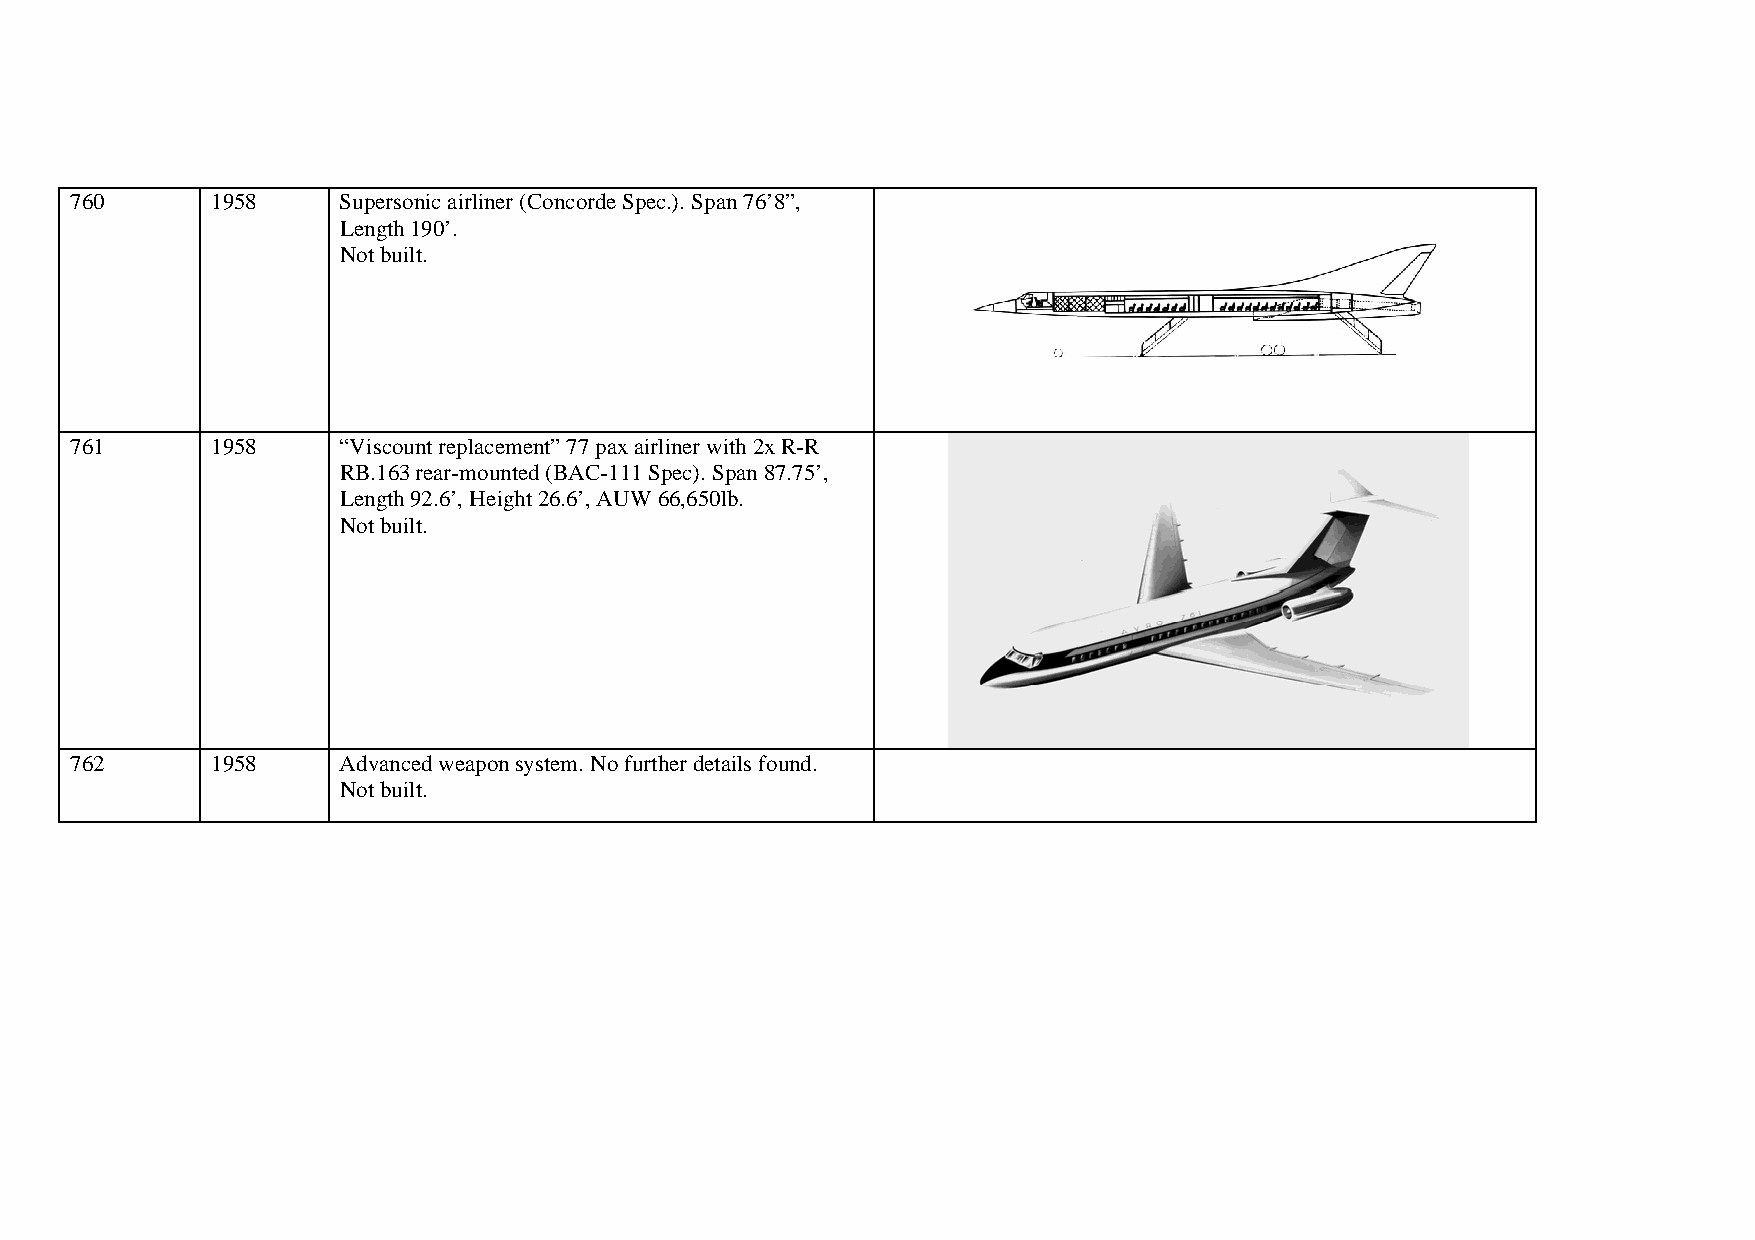
760      1958    Supersonic airliner (Concorde Spec.). Span 76’8”,
 Length 190’.
 Not built.
 761      1958    “Viscount replacement” 77 pax airliner with 2x R-R
 RB.163 rear-mounted (BAC-111 Spec). Span 87.75’,
 Length 92.6’, Height 26.6’, AUW 66,650lb.
 Not built.
 762      1958    Advanced weapon system. No further details found.
 Not built.